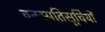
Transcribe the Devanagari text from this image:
वनस्पतिसूचियों